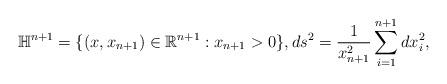
LaTeX: \begin{align*}\mathbb{H}^{n+1}=\{(x,x_{n+1})\in \mathbb{R}^{n+1}:x_{n+1}>0\},ds^2=\frac{1}{x_{n+1}^2}\sum_{i=1}^{n+1}dx_i^2,\end{align*}